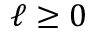
\ell \ge 0